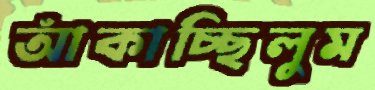
আঁকাচ্ছিলুম